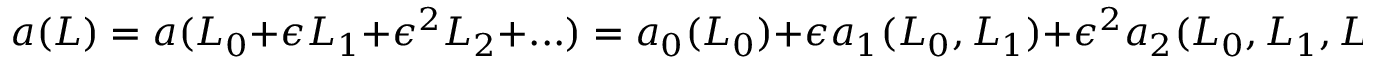
a ( L ) = a ( L _ { 0 } + \epsilon L _ { 1 } + \epsilon ^ { 2 } L _ { 2 } + . . . ) = a _ { 0 } ( L _ { 0 } ) + \epsilon a _ { 1 } ( L _ { 0 } , L _ { 1 } ) + \epsilon ^ { 2 } a _ { 2 } ( L _ { 0 } , L _ { 1 } , L _ { 2 } ) + . . . \ .